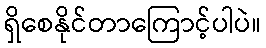
ရှိစေနိုင်တာကြောင့်ပါပဲ။